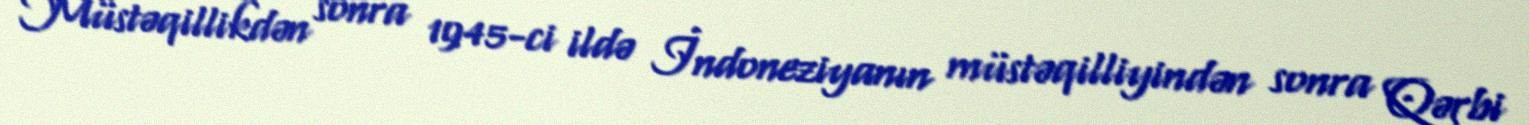
Müstəqillikdən sonra 1945-ci ildə İndoneziyanın müstəqilliyindən sonra Qərbi